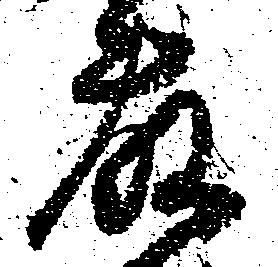
藤